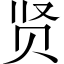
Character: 贤